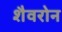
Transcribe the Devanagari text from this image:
शैवरोन